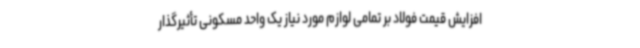
افزایش قیمت فولاد بر تمامی لوازم مورد نیاز یک واحد مسکونی تأثیرگذار